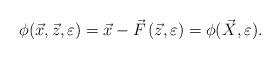
LaTeX: \begin{align*}\phi(\vec {x},\vec {z},\varepsilon ) = \vec{x} - \vec {F}\left( \vec{z},\varepsilon \right) = \phi(\vec {X},\varepsilon ).\end{align*}